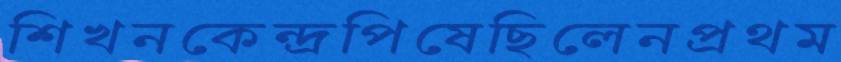
শিখনকেন্দ্রপিষেছিলেনপ্রথম